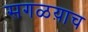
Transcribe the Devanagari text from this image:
सगळय़ाच